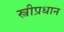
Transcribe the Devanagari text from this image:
स्त्रीप्रधान